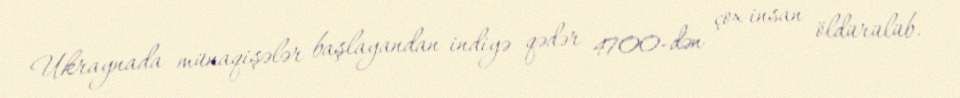
Ukraynada münaqişələr başlayandan indiyə qədər 4700-dən çox insan öldürülüb.